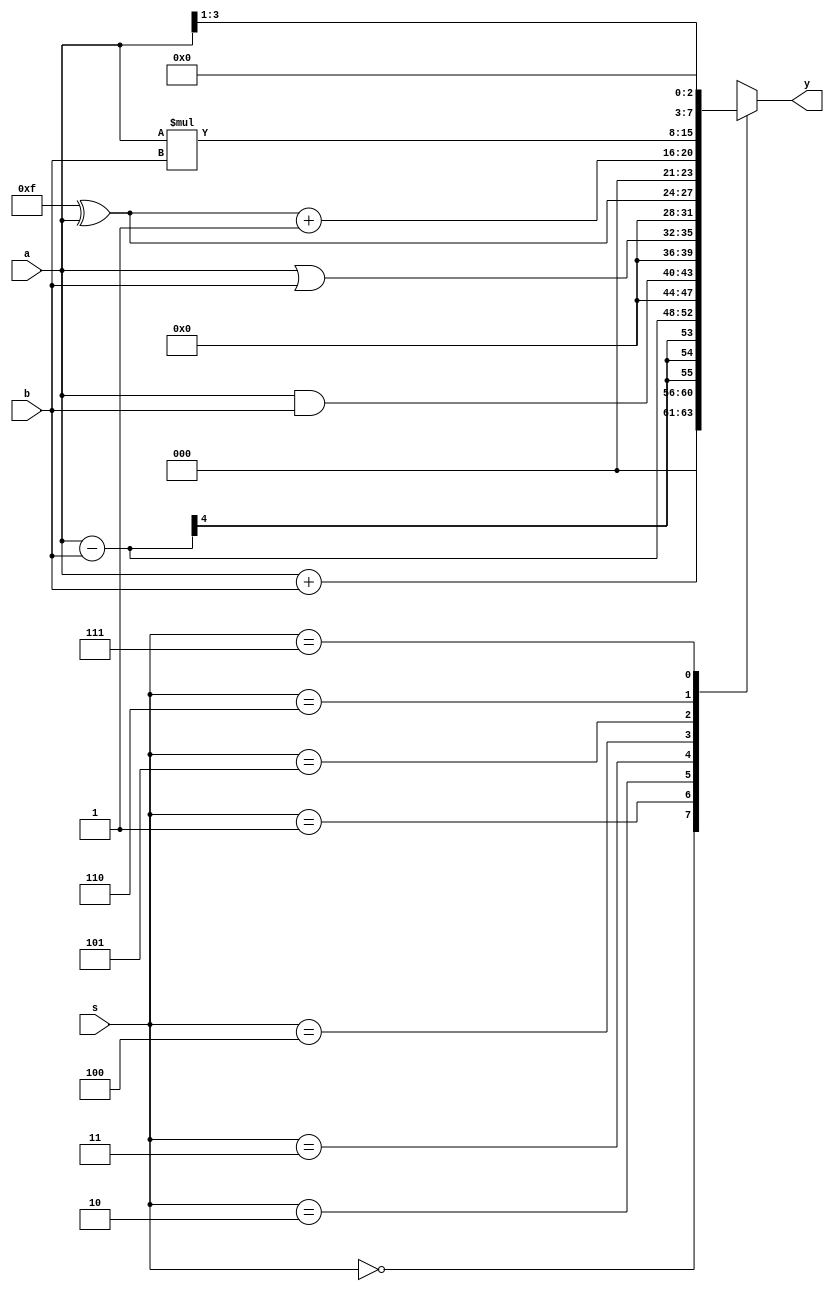
module alu_1(
    output [7:0] y,
    input [3:0] a,
    input [3:0] b,
    input [2:0] s
    );

reg [7:0] y;

always@(a, b,s) begin
	case(s)
		3'b000: y = a + b;
		3'b001: y = a - b;
		3'b010: y = a & b;
		3'b011: y = a | b;
		3'b100: y = 4'b1111^a;
		3'b101: y = (4'b1111^a) + 1'b1;
		3'b110: y = a * b;
		3'b111: begin
						y = a;
						y = y >> 1'b1;
				  end
	endcase
end

endmodule